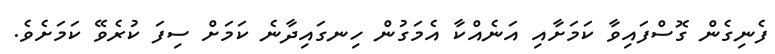
ފެނިގެން ގޮސްފައިވާ ކަމަށާއި އަނެއްކާ އެމަގުން ހިނގައިދާނެ ކަމަށް ސިފަ ކުރެވޭ ކަމަށެވެ.